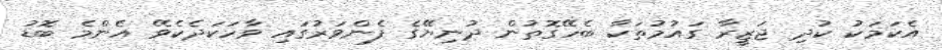
އެކަމަކު ކުދި ޖަޒީރާ ގައުމުތަކާ ބެހޭގޮތުން ދުނިޔޭގެ ފެންވަރުގައި ވާހަކަދެކެވޭ އެންމެ ބޮޑު